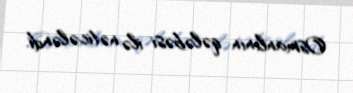
Osmanlının qələbəsi ilə nəticələndi.